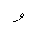
Letter: _waw